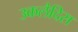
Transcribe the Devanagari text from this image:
उकलैदिस